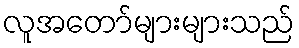
လူအတော်များများသည်